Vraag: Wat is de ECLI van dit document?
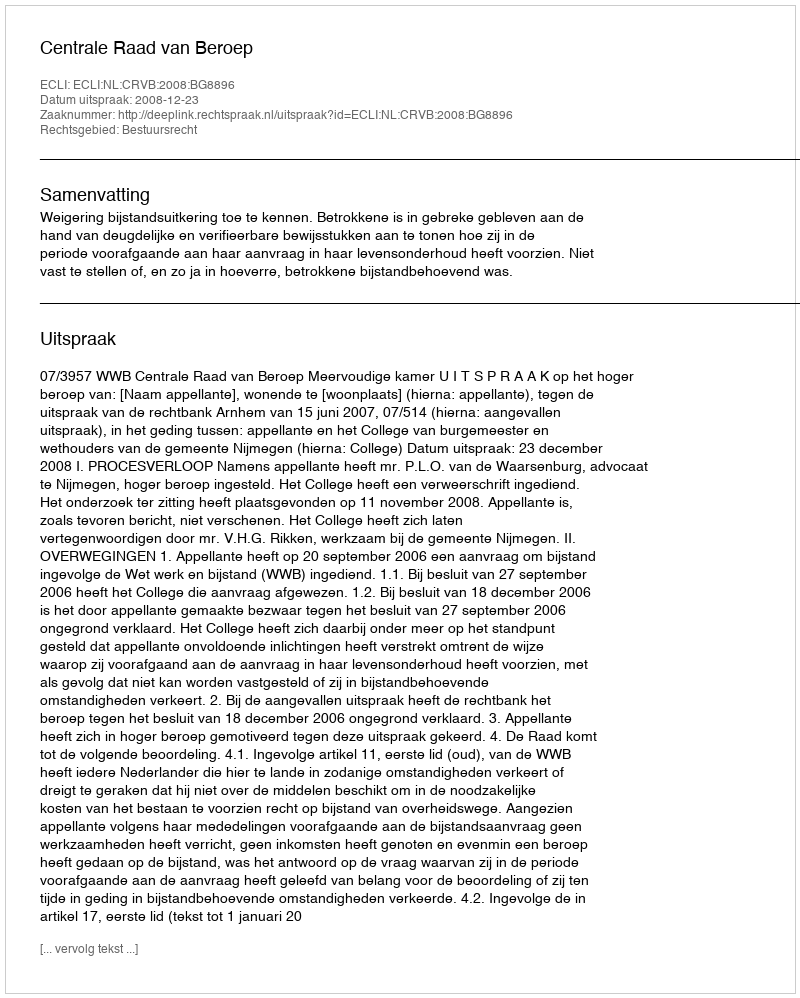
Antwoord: ECLI:NL:CRVB:2008:BG8896